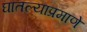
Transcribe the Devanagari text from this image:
घातल्याप्रमाणे